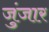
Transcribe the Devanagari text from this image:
जुंजार